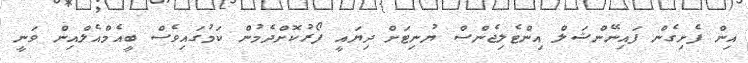
އިން ފެށިގެން ފައިނޭންޝަލް އިންޓެލިޖެންސް ޔުނިޓަށް ދިޔައީ ފޯރުކޮށްދެމުން ކަމުގައިވެސް ބީއެމްއެލްއިން ވަނީ